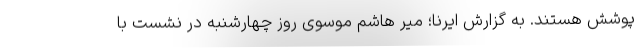
پوشش هستند. به گزارش ایرنا؛ میر هاشم موسوی روز چهارشنبه در نشست با